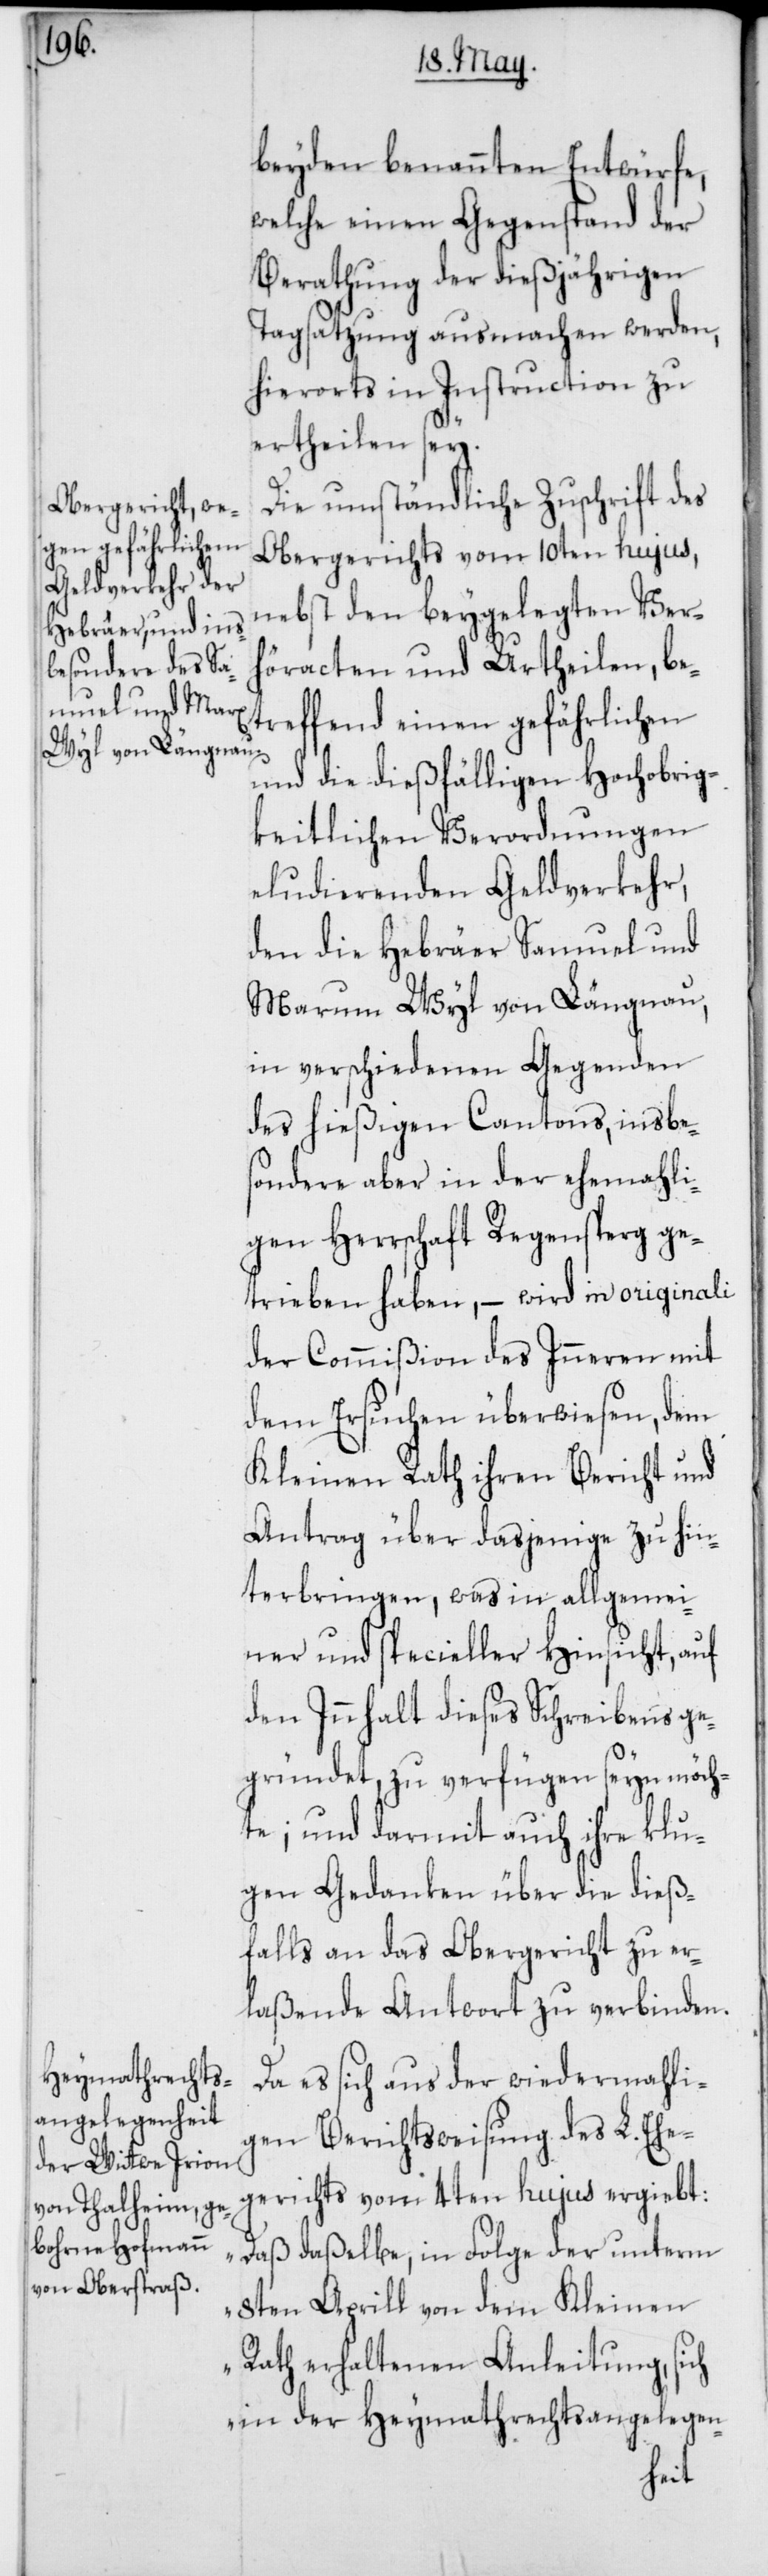
beyden benannten Entwürfe,
welche einen Gegenstand der
Berathung der dießjährigen
Tagsatzung ausmachen werden,
hierorts in Instruction zu
ertheilen sey.
Die umständliche Zuschrift des
Obergerichts vom 10ten hujus,
nebst den beygelegten Ver¬
höracten und Urtheilen, be¬
treffend einen gefährlichen
und die dießfälligen Hochobrig¬
keitlichen Verordnungen
eludierenden Geldverkehr,
den die Hebräer Samuel und
Marum Wyl von Längnau,
in verschiedenen Gegenden
des hießigen Cantons, insbe¬
sondere aber in der ehemahli¬
gen Herrschaft Regensperg ge¬
trieben haben, – wird in originali
der Commißion des Inneren mit
dem Ersuchen überwiesen, dem
Kleinen Rath ihren Bericht und
Antrag über dasjenige zu hin¬
terbringen, was in allgemei¬
ner und specieller Hinsicht, auf
den Innhalt dieses Schreibens ge¬
gründet, zu verfügen seyn möch¬
te; und darmit auch ihre klu¬
gen Gedanken über die dieß¬
falls an das Obergericht zu er¬
laßende Antwort zu verbinden.
Da es sich aus der wiedermahli¬
gen Berichtsweisung des L. Ehe¬
gerichts vom 4ten hujus ergiebt:
„Daß daßelbe, in Folge der unterm
8ten Aprill von dem Kleinen
Rath erhaltenen Anleitung, sich
in der Heymathrechtsangelegen-